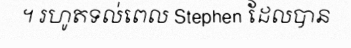
។ រហូតទល់ពេល Stephen ដែលបាន